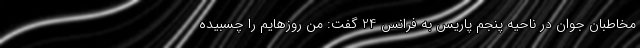
مخاطبان جوان در ناحیه پنجم پاریس به فرانس 24 گفت: من روزهایم را چسبیده